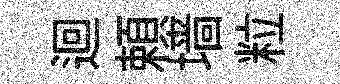
迴頼墙粒